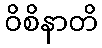
ဝိစိနာတိ